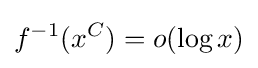
f^{-1}(x^{C})=o(\log x)